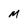
Character: M